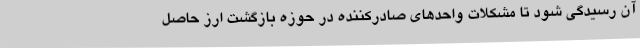
آن رسیدگی شود تا مشکلات واحدهای صادرکننده در حوزه بازگشت ارز حاصل